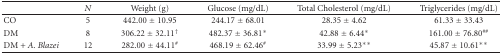
<table><thead><tr><td></td><td><b><i>N</i></b></td><td><b>Weight (g)</b></td><td><b>Glucose (mg/dL)</b></td><td><b>Total Cholesterol (mg/dL)</b></td><td><b>Triglycerides (mg/dL)</b></td></tr></thead><tbody><tr><td>CO</td><td>5</td><td>442.00 ± 10.95</td><td>244.17 ± 68.01</td><td>28.35 ± 4.62</td><td>61.33 ± 33.43</td></tr><tr><td>DM</td><td>8</td><td>306.22 ± 32.11<sup>†</sup></td><td>482.37 ± 36.81*</td><td>42.88 ± 6.44*</td><td>161.00 ± 76.80<sup>##</sup></td></tr><tr><td>DM + <i>A. Blazei </i></td><td>12</td><td>282.00 ± 44.11<sup>#</sup></td><td>468.19 ± 62.46<sup>#</sup></td><td>33.99 ± 5.23**</td><td>45.87 ± 10.61**</td></tr></tbody></table>